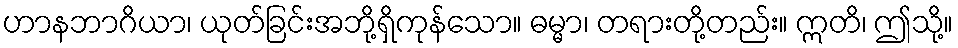
ဟာနဘာဂိယာ၊ ယုတ်ခြင်းအဘို့ရှိကုန်သော။ ဓမ္မာ၊ တရားတို့တည်း။ ဣတိ၊ ဤသို့။